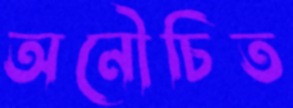
অনৌচিত